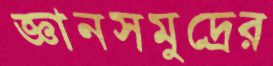
জ্ঞানসমুদ্রের